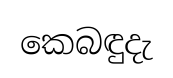
කෙබඳුදැ